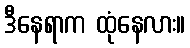
ဒီနေရာက ထုံနေလား။